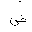
Letter: _dad